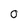
Character: O